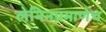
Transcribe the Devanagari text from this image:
लेनिनप्रमाणेच